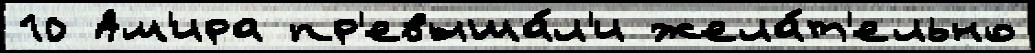
10 Ам'ира пр'евыша́л'и жела́т'ельно